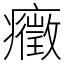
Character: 癥